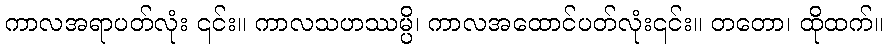
ကာလအရာပတ်လုံး ၎င်း။ ကာလသဟဿမ္ပိ၊ ကာလအထောင်ပတ်လုံး၎င်း။ တတော၊ ထိုထက်။